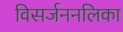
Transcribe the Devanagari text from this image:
विसर्जननलिका